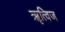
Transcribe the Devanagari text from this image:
ॠत्विज